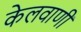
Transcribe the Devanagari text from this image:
केलवाणी